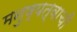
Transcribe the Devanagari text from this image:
मनुष्यत्वाची